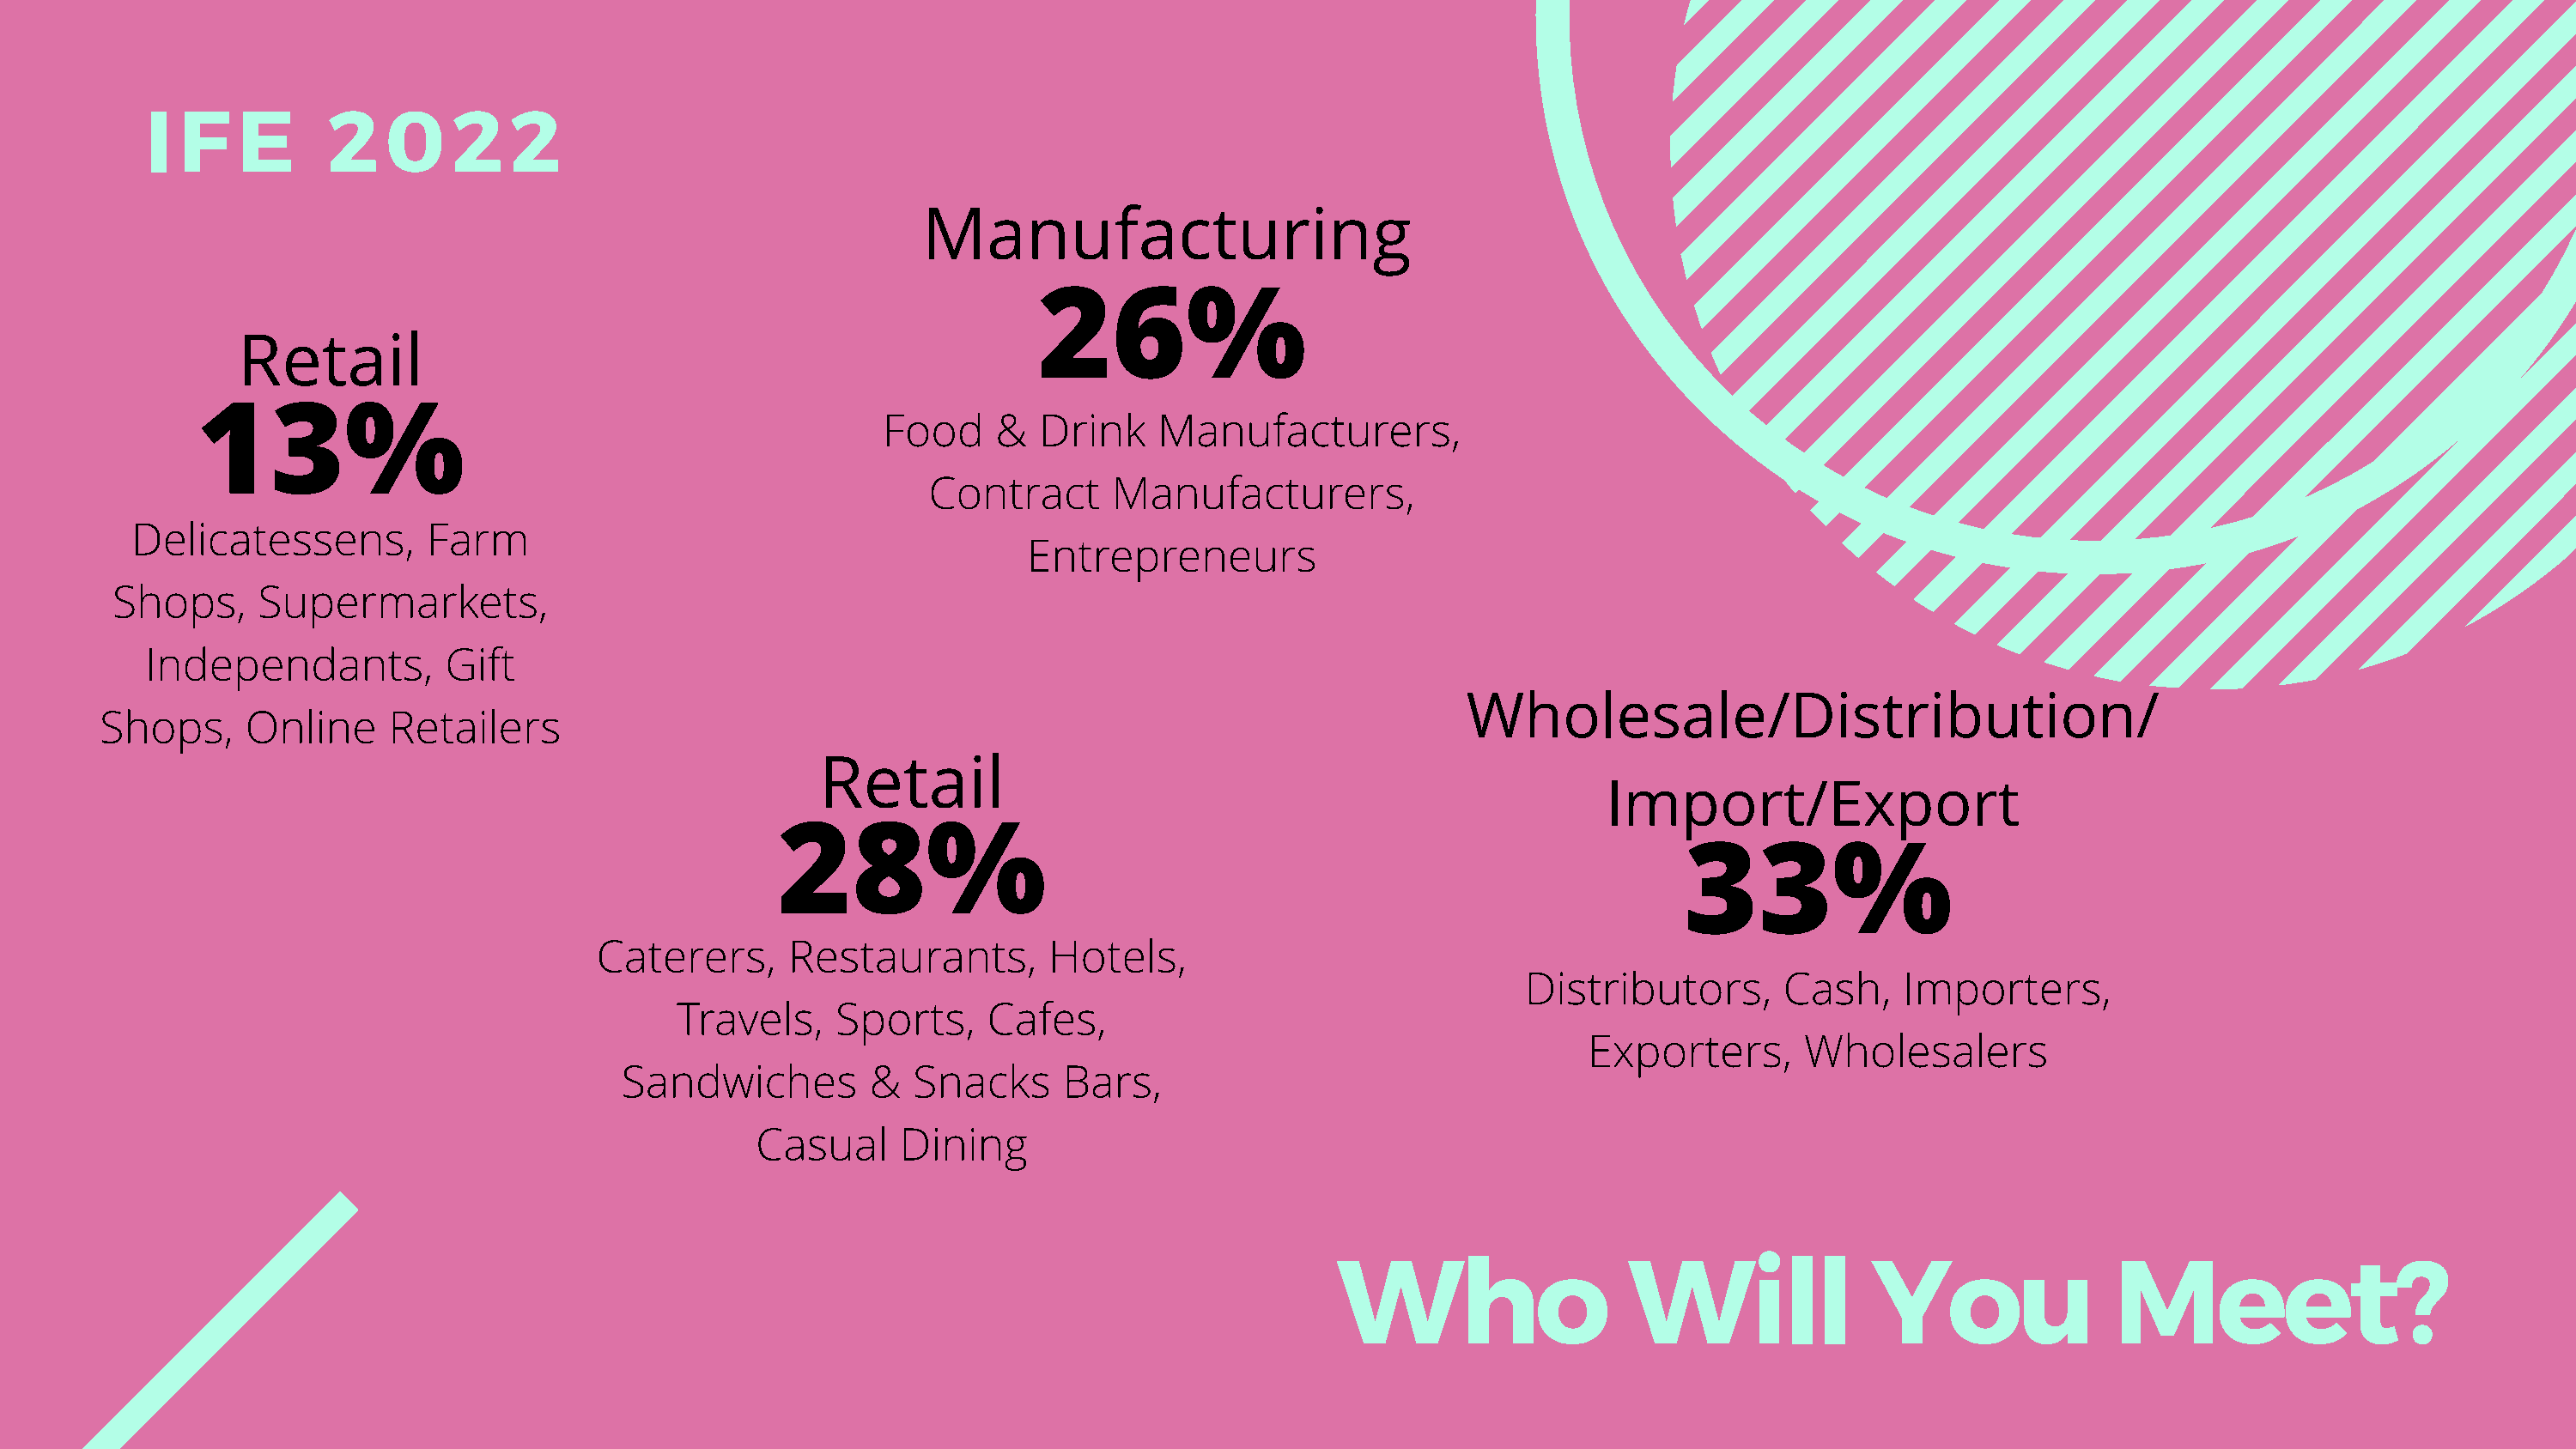
I  F   E      2    0    2   2
 Manufacturing
 26%
 Retail
 13%
 Food     &  Drink    Manufacturers,
 Contract      Manufacturers,
 Delicatessens,         Farm
 Entrepreneurs
 Shops,     Supermarkets,
 Independants,          Gift
 Wholesale/Distribution/
 Shops,     Online     Retailers
 Retail
 Import/Export
 28%
 33%
 Caterers,      Restaurants,        Hotels,
 Distributors,      Cash,     Importers,
 Travels,    Sports,     Cafes,
 Exporters,       Wholesalers
 Sandwiches         &  Snacks      Bars,
 Casual     Dining
 Who                    Will              You                Meet?